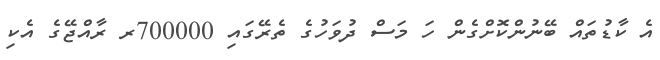
އެ ކާޑުތައް ބޭނުންކޮށްގެން ހަ މަސް ދުވަހުގެ ތެރޭގައި 700000ރ ރާއްޖޭގެ އެކި